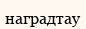
наградтау